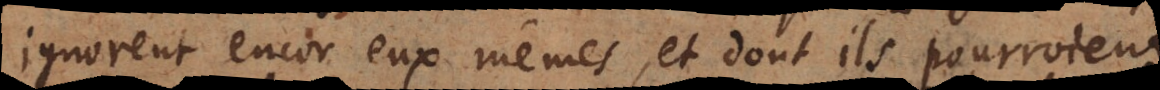
encor eux mêmes, et dont ils pourroient